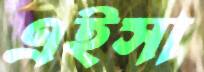
এইসা